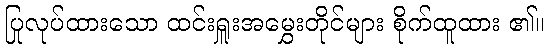
ပြုလုပ်ထားသော ထင်းရှူးအမွှေးတိုင်များ စိုက်ထူထား ၏။